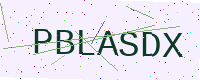
Text: PBLASDX